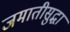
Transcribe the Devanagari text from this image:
जमातीसुद्धा